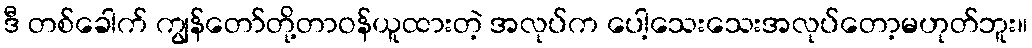
ဒီ တစ်ခေါက် ကျွန်တော်တို့တာဝန်ယူထားတဲ့ အလုပ်က ပေါ့သေးသေးအလုပ်တော့မဟုတ်ဘူး။